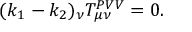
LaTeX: ( k _ { 1 } - k _ { 2 } ) _ { \nu } T _ { \mu \nu } ^ { P V V } = 0 .